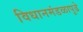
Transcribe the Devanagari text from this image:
विधानमंडळापुढे